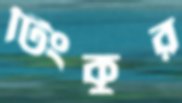
টিংকুর